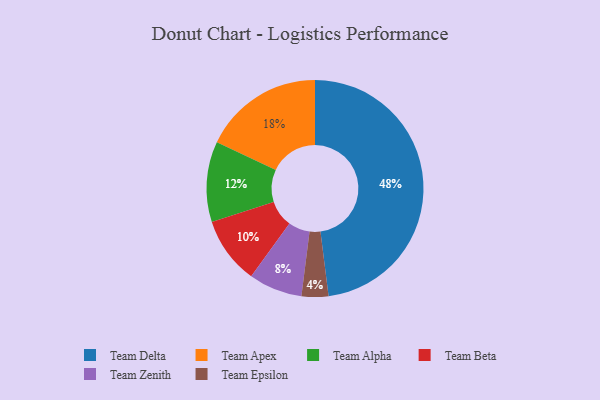
{"axis": {"x": "Category", "y": "Percentage"}, "legend": ["Team Alpha", "Team Apex", "Team Beta", "Team Delta", "Team Epsilon", "Team Zenith"], "data": [{"x": "Team Alpha", "y": 12, "type": "Team Alpha"}, {"x": "Team Zenith", "y": 8, "type": "Team Zenith"}, {"x": "Team Beta", "y": 10, "type": "Team Beta"}, {"x": "Team Epsilon", "y": 4, "type": "Team Epsilon"}, {"x": "Team Delta", "y": 48, "type": "Team Delta"}, {"x": "Team Apex", "y": 18, "type": "Team Apex"}]}